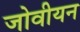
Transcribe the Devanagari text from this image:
जोवीयन